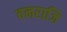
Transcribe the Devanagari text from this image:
वनराजि